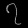
Digit: ၇